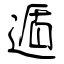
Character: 遁